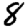
Digit: 8